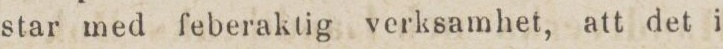
star med feberaktig verksamhet, att det i